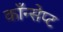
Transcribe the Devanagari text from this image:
काँन्सेप्ट